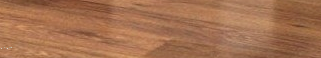
ممنوع الدخول